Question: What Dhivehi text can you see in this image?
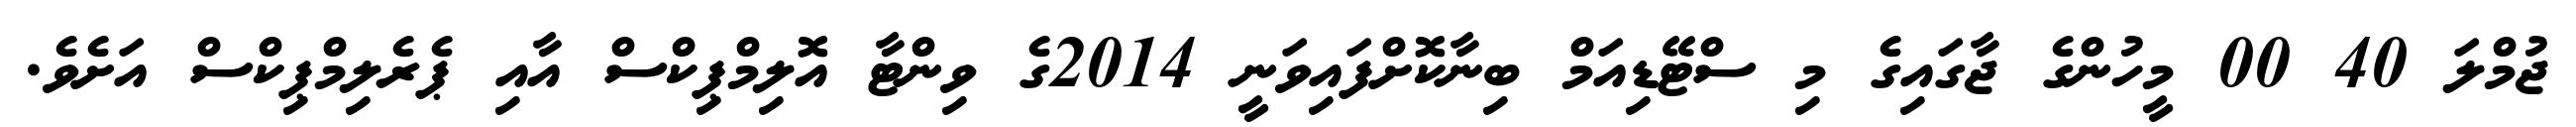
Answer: ޖުމްލަ 40 00 މީހުންގެ ޖާގައިގެ މި ސްޓޭޑިއަމް ބިނާކޮށްފައިވަނީ 2014ގެ ވިންޓާ އޮލިމްޕިކްސް އާއި ޕެރެލިމްޕިކްސް އަށެވެ.